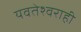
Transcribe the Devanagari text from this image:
यवतेश्वराही